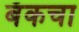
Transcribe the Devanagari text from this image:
बँकचा